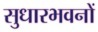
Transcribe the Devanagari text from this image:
सुधारभवनों